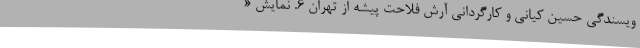
ویسندگی حسین کیانی و کارگردانی آرش فلاحت پیشه از تهران 6. نمایش «